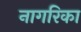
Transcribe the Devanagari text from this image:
नागरिका